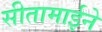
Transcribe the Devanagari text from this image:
सीतामाईने